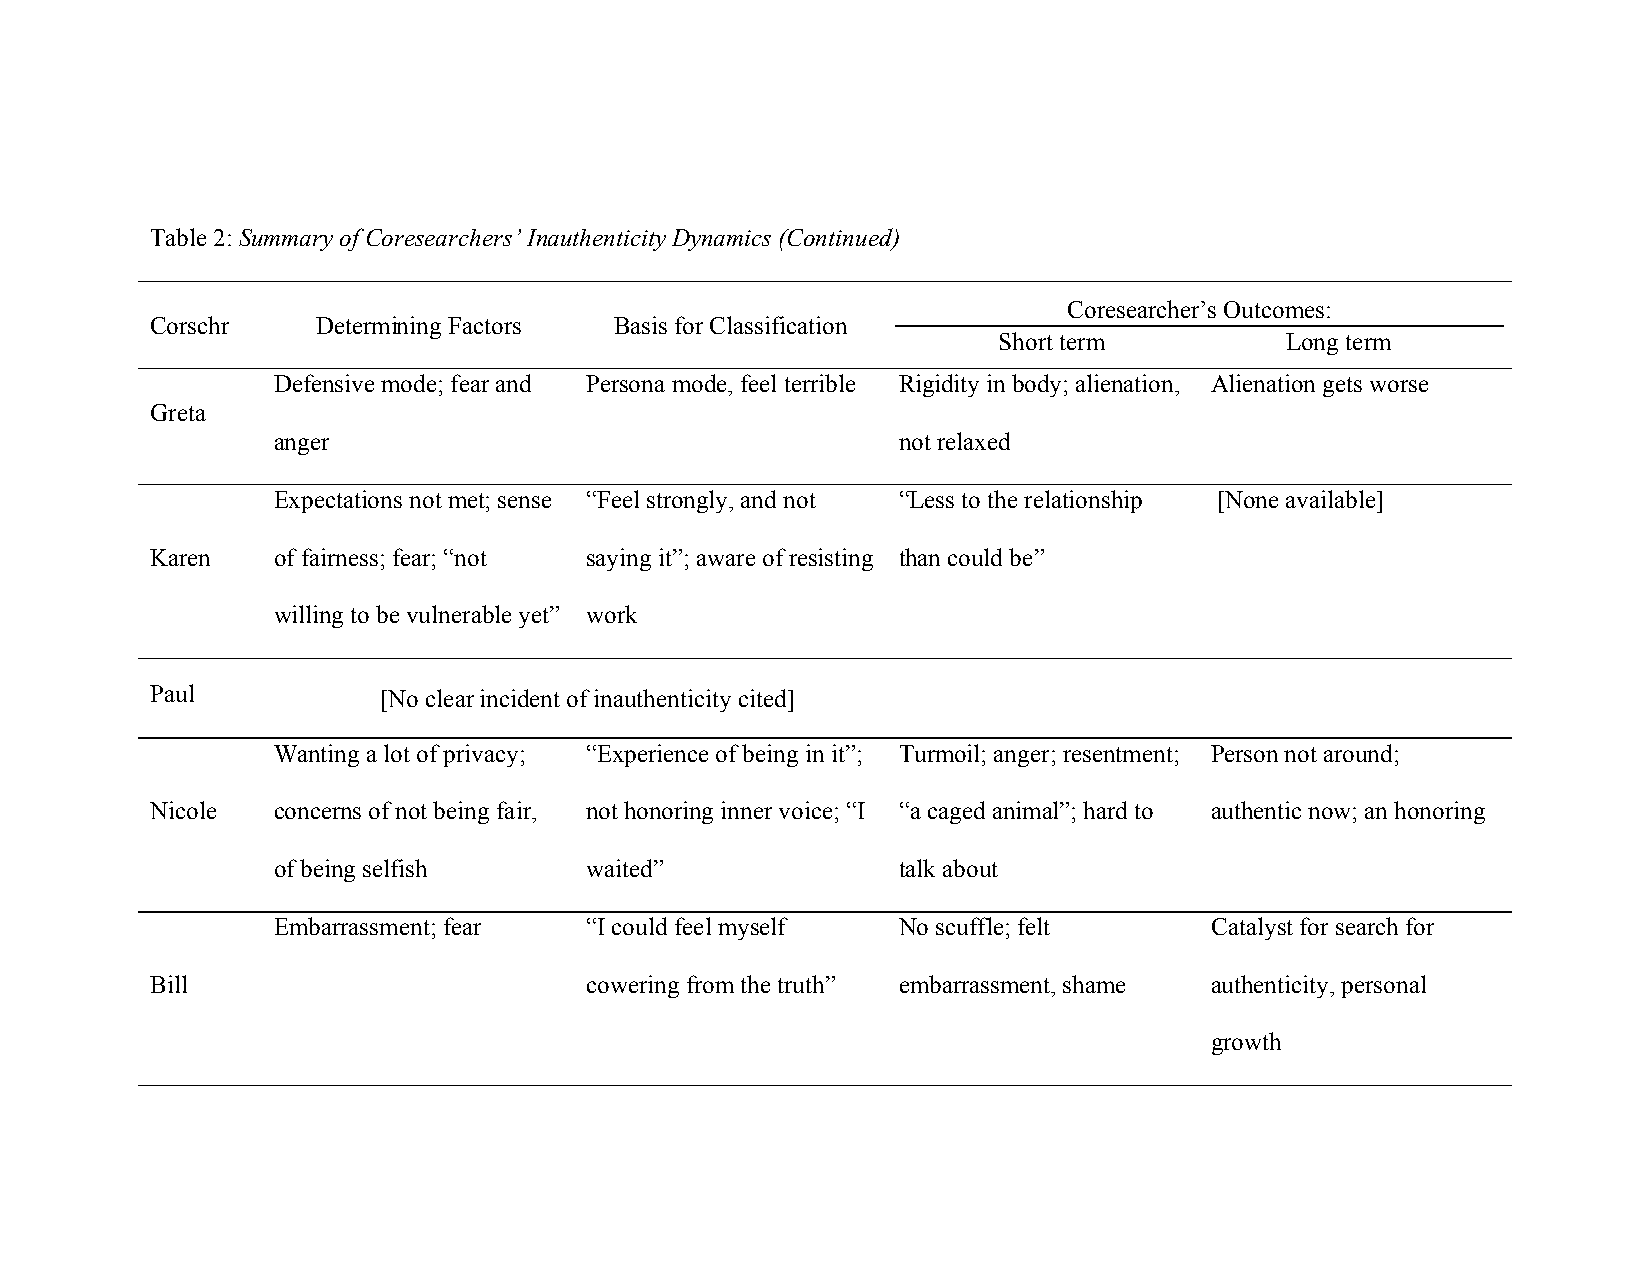
Table 2: Summary of Coresearchers’ Inauthenticity Dynamics (Continued)
 Coresearcher’s Outcomes:
 Corschr    Determining Factors Basis for Classification
 Short term         Long term
 Defensive mode; fear and Persona mode, feel terrible Rigidity in body; alienation, Alienation gets worse
 Greta
 anger                                    not relaxed
 Expectations not met; sense “Feel strongly, and not “Less to the relationship [None available]
 Karen   of fairness; fear; “not saying it”; aware of resisting than could be”
 willing to be vulnerable yet” work
 Paul           [No clear incident of inauthenticity cited]
 Wanting a lot of privacy; “Experience of being in it”; Turmoil; anger; resentment; Person not around;
 Nicole  concerns of not being fair, not honoring inner voice; “I “a caged animal”; hard to authentic now; an honoring
 of being selfish     waited”             talk about
 Embarrassment; fear  “I could feel myself No scuffle; felt    Catalyst for search for
 Bill                         cowering from the truth” embarrassment, shame authenticity, personal
 growth